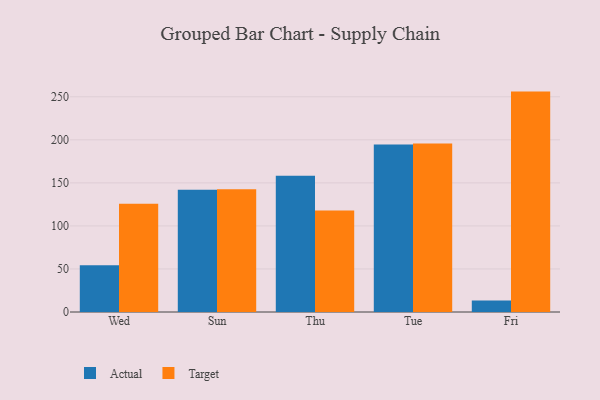
{"axis": {"x": "Day", "y": "Operating Costs (USD K)"}, "legend": ["Actual", "Target"], "data": [{"x": "Wed", "y": 54.3, "type": "Actual"}, {"x": "Wed", "y": 125.8, "type": "Target"}, {"x": "Sun", "y": 141.9, "type": "Actual"}, {"x": "Sun", "y": 142.7, "type": "Target"}, {"x": "Thu", "y": 158.3, "type": "Actual"}, {"x": "Thu", "y": 117.8, "type": "Target"}, {"x": "Tue", "y": 194.6, "type": "Actual"}, {"x": "Tue", "y": 195.6, "type": "Target"}, {"x": "Fri", "y": 13.3, "type": "Actual"}, {"x": "Fri", "y": 256.0, "type": "Target"}]}